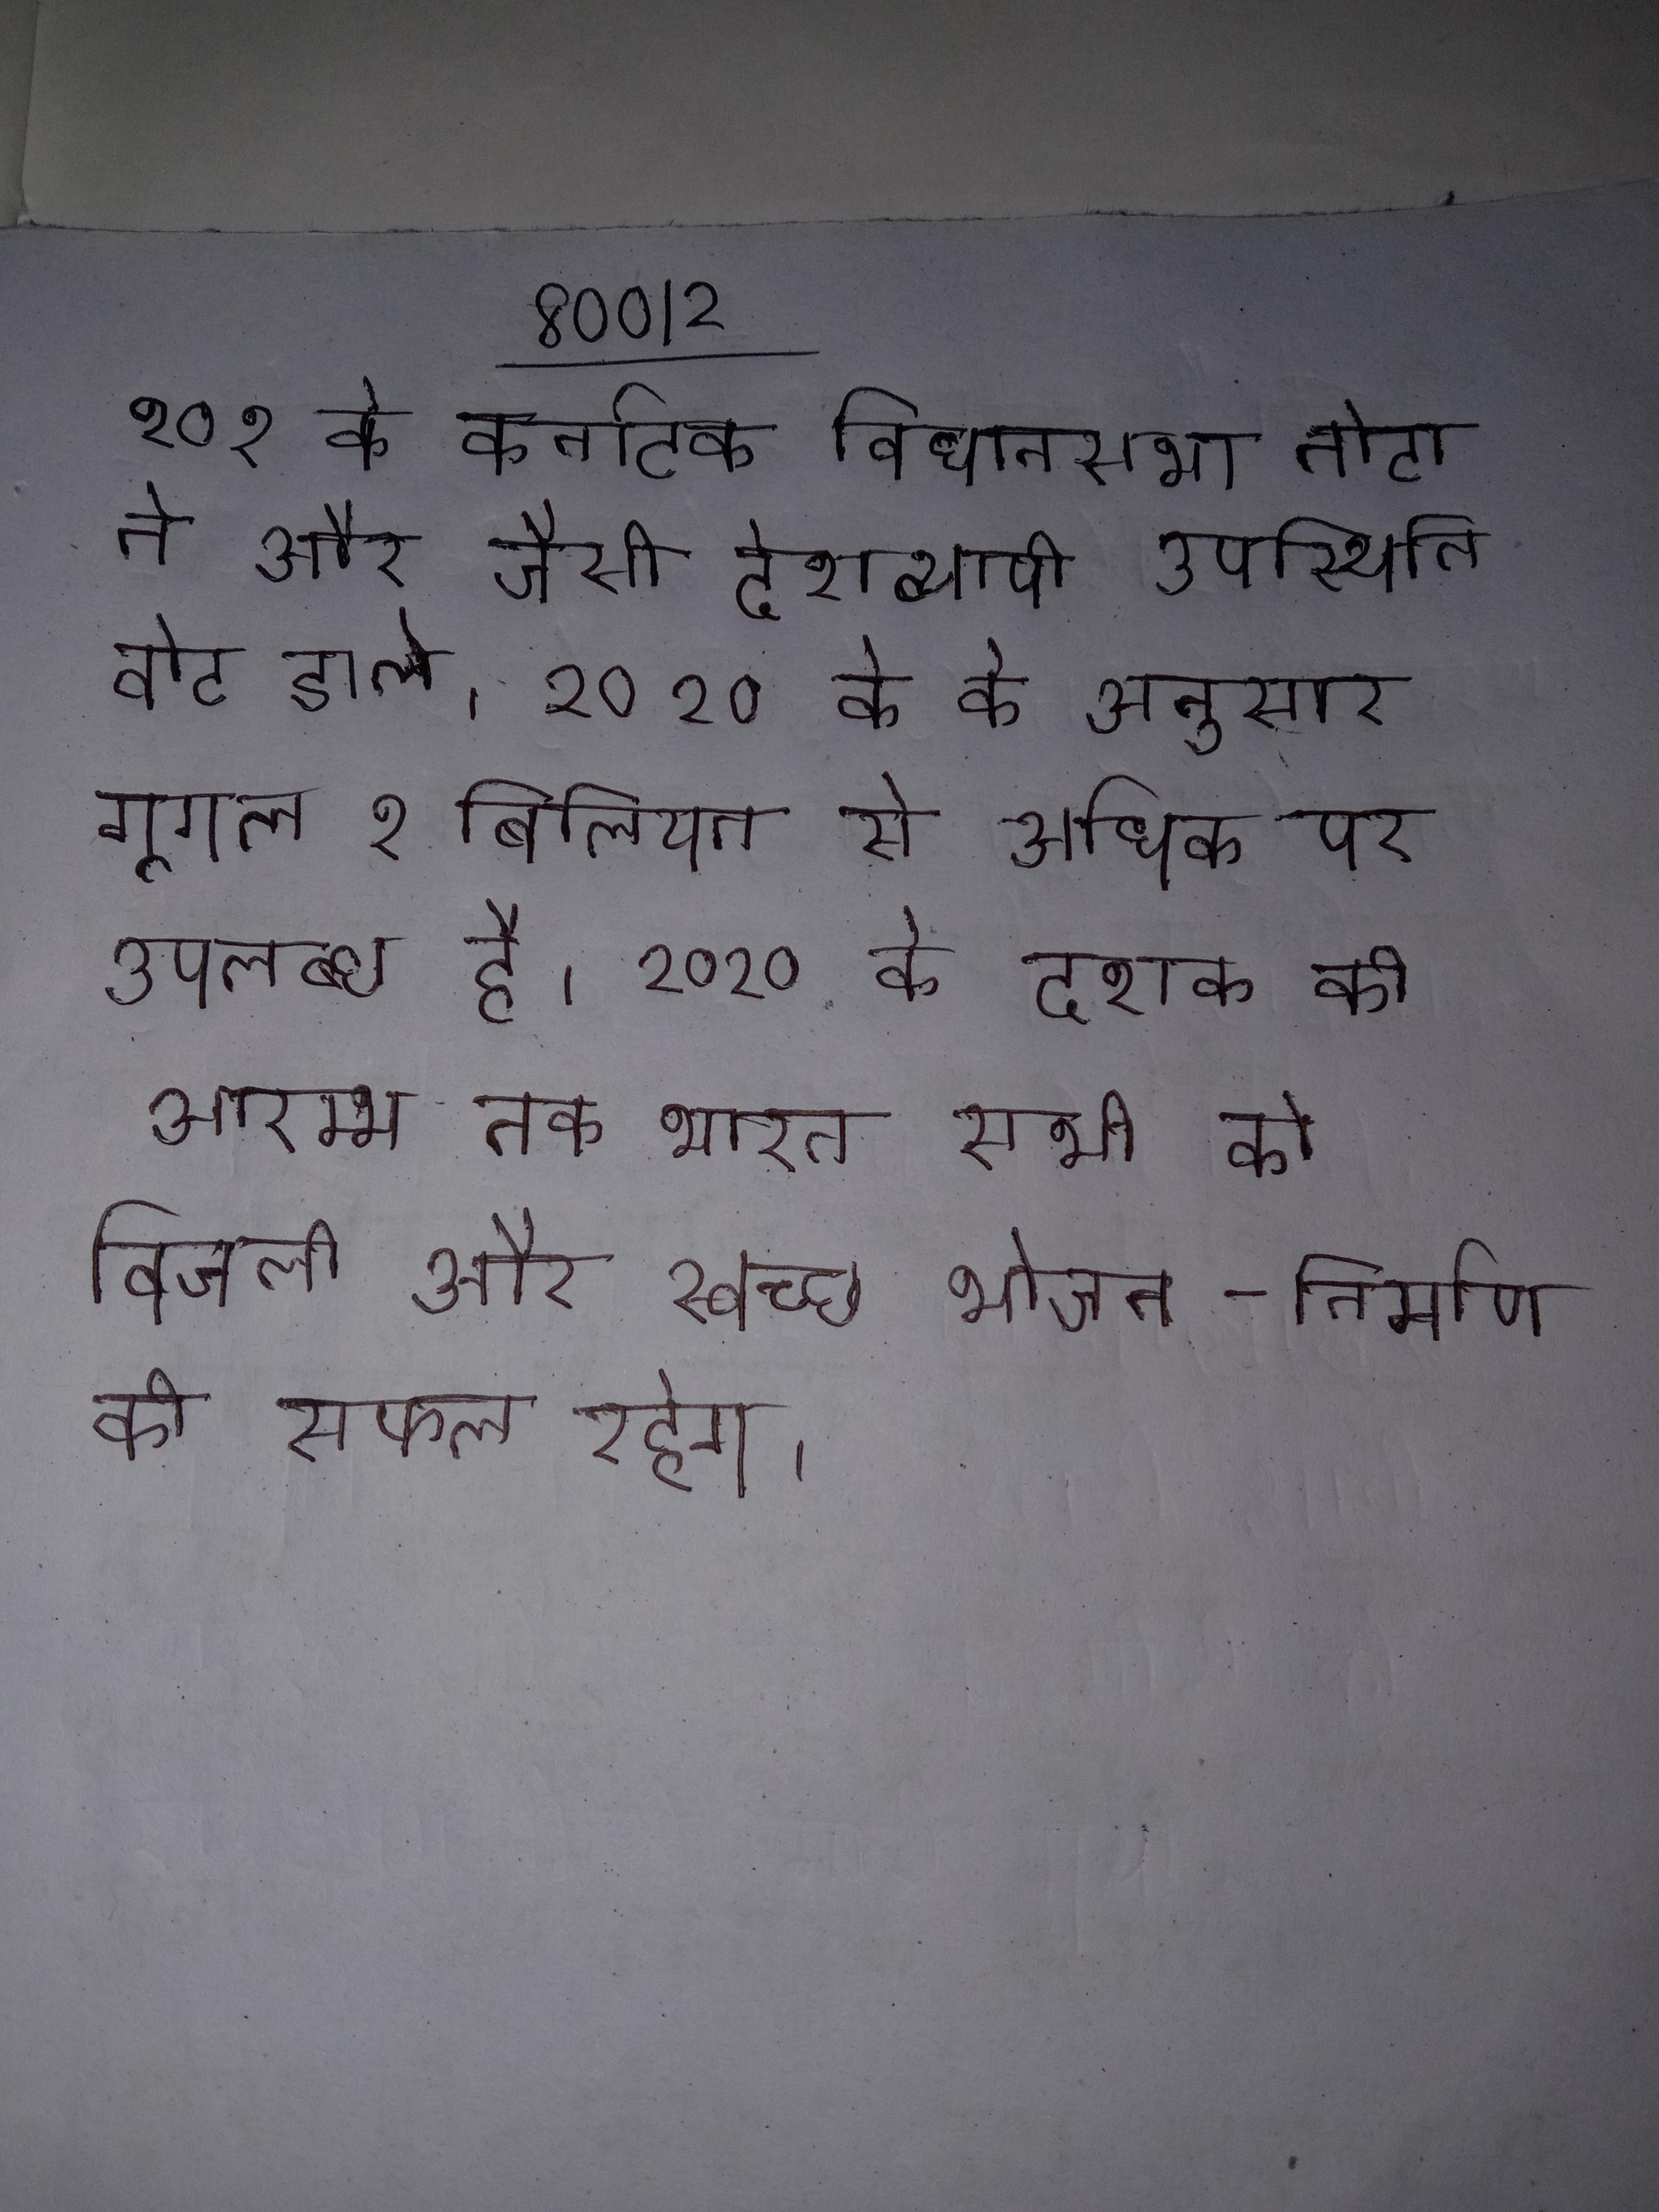
२०१ के कर्नाटक विधानसभा नोटा ने और जैसी देशव्यापी उपस्थिति वाले कुछ की तुलना अधिक वोट डाले । २०२० के के अनुसार गूगल १ बिलियन से अधिक पर उपलब्ध है । २०२० के दशक की आरम्भ तक भारत सभी को बिजली और स्वच्छ भोजन-निर्माण की सफल रहेगा ।